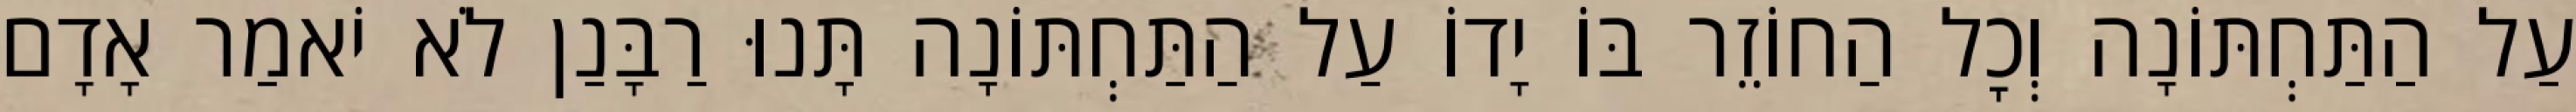
עַל הַתַּחְתּוֹנָה וְכׇל הַחוֹזֵר בּוֹ יָדוֹ עַל הַתַּחְתּוֹנָה תָּנוּ רַבָּנַן לֹא יֹאמַר אָדָם